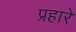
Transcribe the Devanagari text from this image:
प्रहारें